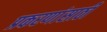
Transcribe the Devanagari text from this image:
प्रकरणांसाठी